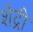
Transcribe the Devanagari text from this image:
शेद्री